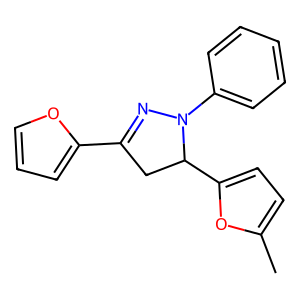
SMILES: Cc1ccc(C2CC(c3ccco3)=NN2c2ccccc2)o1
Inhibits HIV replication: No